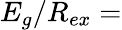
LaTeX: E_{g}/R_{ex}=